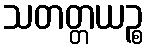
သတတ္တယဉ္စ